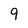
Character: 9